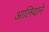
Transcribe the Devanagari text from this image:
आलियाने